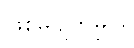
ဖြစ်မှုပျက်မှုပဲ။